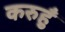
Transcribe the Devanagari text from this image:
करुहुँ